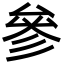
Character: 參